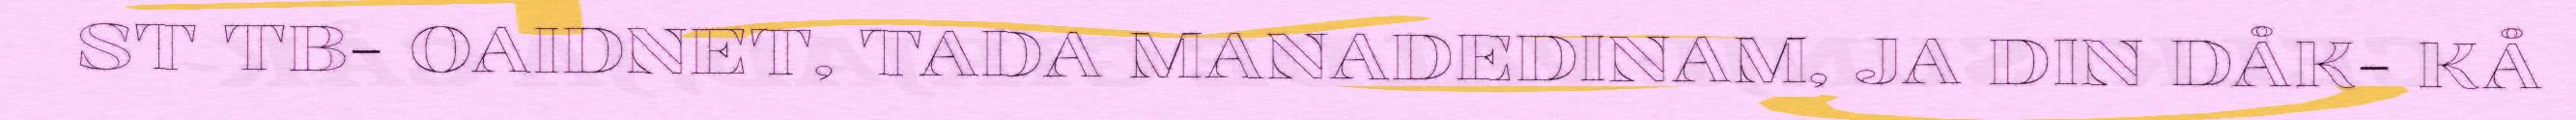
ST TB- OAIDNET, TADA MANADEDINAM, JA DIN DÅK- KÅ